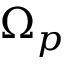
\Omega _ { p }